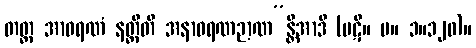
တတ္ထ အာဝရဏံ နတ္ထီတိ အနာဝရဏဉာဏ”န္တိအာဒိ (ပဋိ။ မ။ ၁။၁၂၀)။